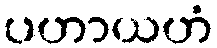
ပဟာယဟံ